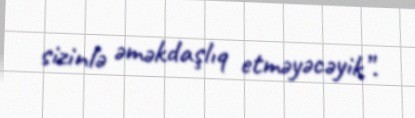
sizinlə əməkdaşlıq etməyəcəyik”.